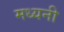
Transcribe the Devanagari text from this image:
मध्यनी